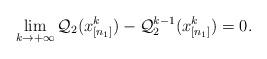
LaTeX: \begin{align*}\displaystyle \lim_{k \rightarrow +\infty } \mathcal{Q}_{2}(x_{[n_1]}^{k})-\mathcal{Q}_{2}^{k-1}(x_{[n_1]}^{k} )=0.\end{align*}